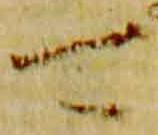
可